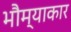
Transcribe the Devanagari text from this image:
भौम्याकार